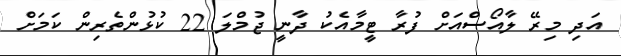
އަދި މިރޭ ލާއޯސްއަށް ފުރާ ޓީމާއެކު ދާނީ ޖުމްލަ 22 ކުޅުންތެރިން ކަމަށް